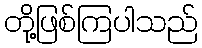
တို့ဖြစ်ကြပါသည်